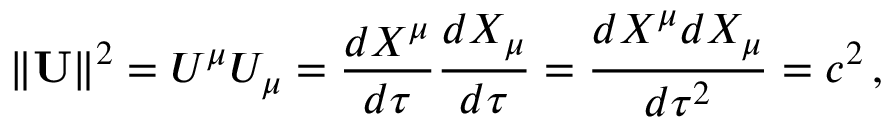
\| \mathbf { U } \| ^ { 2 } = U ^ { \mu } U _ { \mu } = { \frac { d X ^ { \mu } } { d \tau } } { \frac { d X _ { \mu } } { d \tau } } = { \frac { d X ^ { \mu } d X _ { \mu } } { d \tau ^ { 2 } } } = c ^ { 2 } \, ,